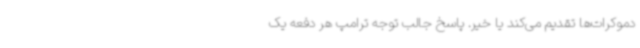
دموکرات‌ها تقدیم می‌کند یا خیر. پاسخ جالب ‌توجه ترامپ هر دفعه یک